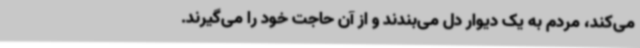
می‌کند، مردم به یک دیوار دل می‌بندند و از آن حاجت خود را می‌گیرند.